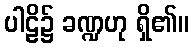
ပါဠိ၌ ခဏ္ဍဟု ရှိ၏။